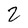
Character: 2